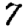
Digit: 7